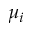
\mu _ { i }